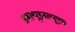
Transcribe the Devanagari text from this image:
डबल्यूडबल्यूएफ़